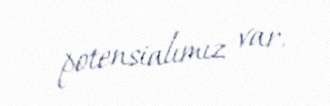
potensialımız var.